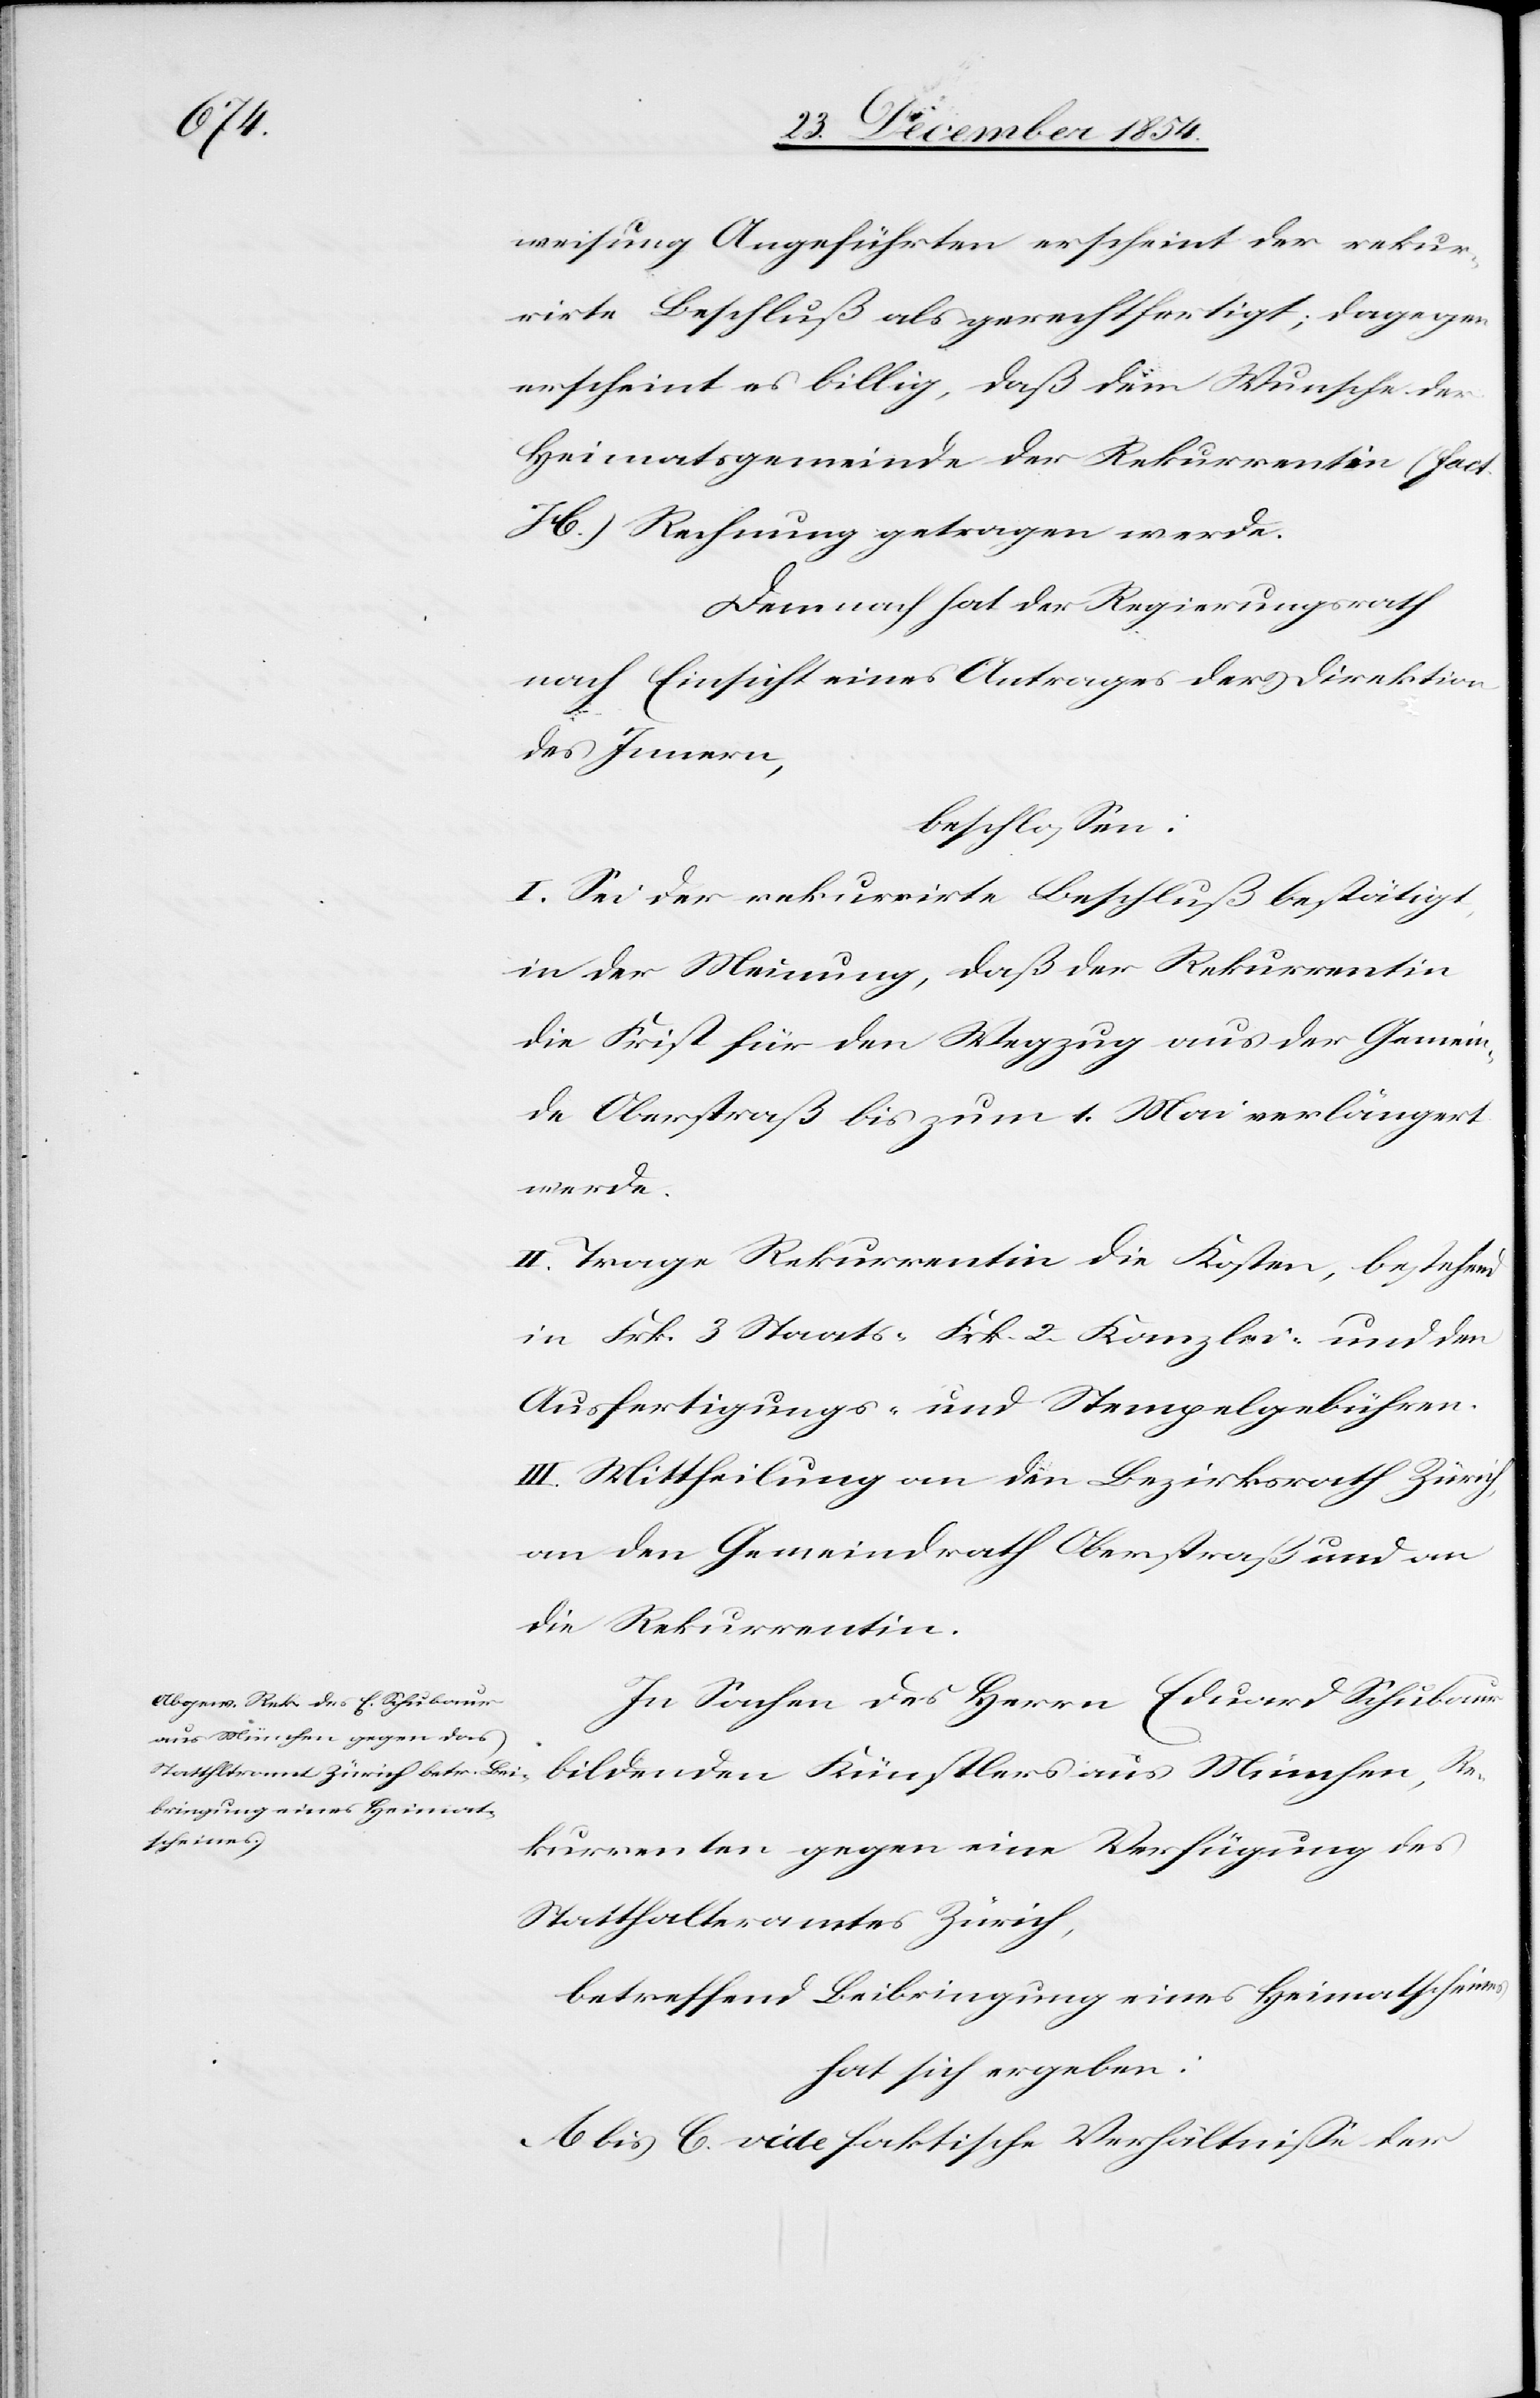
weisung Angeführten erscheint der rekur¬
rirte Beschluß als gerechtfertigt; dagegen
erscheint es billig, daß dem Wunsche der
Heimatsgemeinde der Rekurrentin (fact.
H.) Rechnung getragen werde.
Demnach hat der Regierungsrath
nach Einsicht eines Antrages der Direktion
des Innern,
beschloßen:
I. Sei der rekurrirte Beschluß bestätigt,
in der Meinung, daß der Rekurrentin
die Frist für den Wegzug aus der Gemein¬
de Oberstraß bis zum 1. Mai verlängert
werde.
II. Trage Rekurrentin die Kosten, bestehend
in Frk. 3 Staats-[,] Frk. 2 Kanzlei- und den
Ausfertigungs- und Stempelgebühren.
III. Mittheilung an den Bezirksrath Zürich,
an den Gemeindrath Oberstraß und an
die Rekurrentin.
In Sachen des Herrn Eduard Schubaur
bildenden Künstlers aus München, Re¬
kurrenten gegen eine Verfügung des
Statthalteramtes Zürich,
betreffend Beibringung eines Heimatscheines
hat sich ergeben:
A bis C. vide faktische Verhältniße der